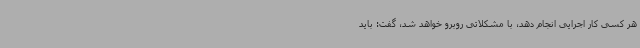
هر کسی کار اجرایی انجام دهد، با مشکلاتی روبرو خواهد شد، گفت: باید